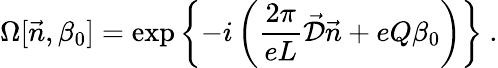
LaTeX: \Omega[\vec{n},\beta_{0}]=\exp\left\{ -i\left(\frac{2\pi}{eL}\vec{\cal D}\vec{n}+eQ\beta_{0}\right)\right\} \ .